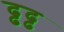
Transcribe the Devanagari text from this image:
ढ्ढढ्ढ